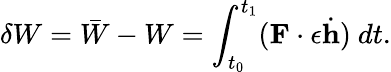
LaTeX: \delta W={\bar{W}}-W=\int_{t_{0}}^{t_{1}}(\mathbf{F}\cdot\epsilon{\dot{\mathbf{h}}})~dt.